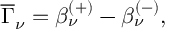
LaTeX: \overline { { { \Gamma } } } _ { \nu } = \beta _ { \nu } ^ { ( + ) } - \beta _ { \nu } ^ { ( - ) } ,